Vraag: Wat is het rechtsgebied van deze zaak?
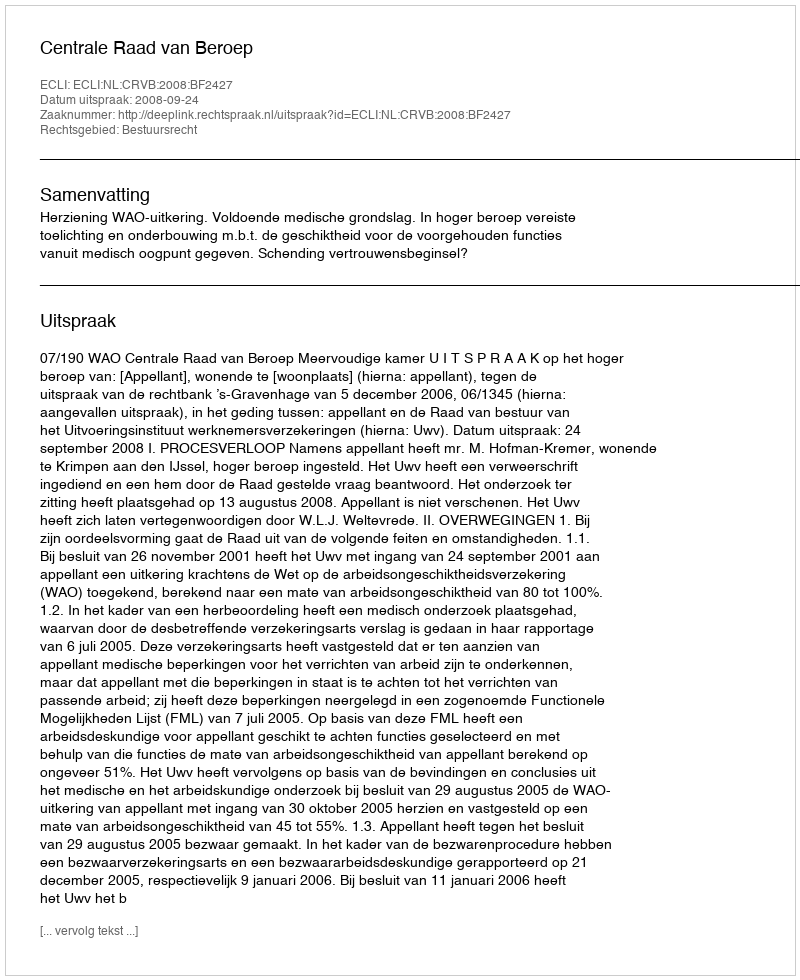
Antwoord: Bestuursrecht